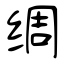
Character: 绸